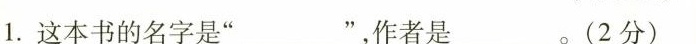
1.这本书的名字是”______________”，作者是____________________。(2分)